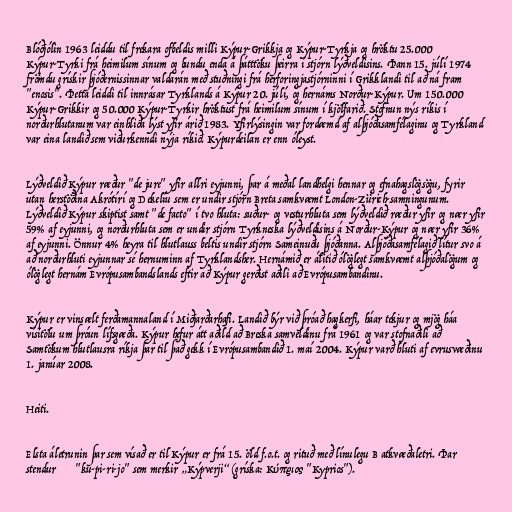
Blóðjólin 1963 leiddu til frekara ofbeldis milli Kýpur-Grikkja og Kýpur-Tyrkja og hröktu 25.000
Kýpur-Tyrki frá heimilum sínum og bundu enda á þátttöku þeirra í stjórn lýðveldisins. Þann 15. júlí 1974
frömdu grískir þjóðernissinnar valdarán með stuðningi frá herforingjastjórninni í Grikklandi til að ná fram
"enosis". Þetta leiddi til innrásar Tyrklands á Kýpur 20. júlí, og hernáms Norður-Kýpur. Um 150.000
Kýpur-Grikkir og 50.000 Kýpur-Tyrkir hröktust frá heimilum sínum í kjölfarið. Stofnun nýs ríkis í
norðurhlutanum var einhliða lýst yfir árið 1983. Yfirlýsingin var fordæmd af alþjóðasamfélaginu og Tyrkland
var eina landið sem viðurkenndi nýja ríkið. Kýpurdeilan er enn óleyst.

Lýðveldið Kýpur ræður "de jure" yfir allri eyjunni, þar á meðal landhelgi hennar og efnahagslögsögu, fyrir
utan herstöðina Akrótírí og Dekelíu sem er undir stjórn Breta samkvæmt London-Zürich-samningunum.
Lýðveldið Kýpur skiptist samt "de facto" í tvo hluta: suður- og vesturhluta sem lýðveldið ræður yfir og nær yfir
59% af eyjunni, og norðurhluta sem er undir stjórn Tyrkneska lýðveldisins á Norður-Kýpur og nær yfir 36%
af eyjunni. Önnur 4% heyra til hlutlauss beltis undir stjórn Sameinuðu þjóðanna. Alþjóðasamfélagið lítur svo á
að norðurhluti eyjunnar sé hernuminn af Tyrklandsher. Hernámið er álitið ólöglegt samkvæmt alþjóðalögum og
ólöglegt hernám Evrópusambandslands eftir að Kýpur gerðist aðili að Evrópusambandinu.

Kýpur er vinsælt ferðamannaland í Miðjarðarhafi. Landið býr við þróað hagkerfi, háar tekjur og mjög háa
vísitölu um þróun lífsgæða. Kýpur hefur átt aðild að Breska samveldinu frá 1961 og var stofnaðili að
Samtökum hlutlausra ríkja þar til það gekk í Evrópusambandið 1. maí 2004. Kýpur varð hluti af evrusvæðinu
1. janúar 2008.

Heiti.

Elsta áletrunin þar sem vísað er til Kýpur er frá 15. öld f.o.t. og rituð með línulegu B atkvæðaletri. Þar
stendur 𐀓𐀠𐀪𐀍 "ku-pi-ri-jo" sem merkir „Kýpverji“ (gríska: Κύπριος "Kyprios").